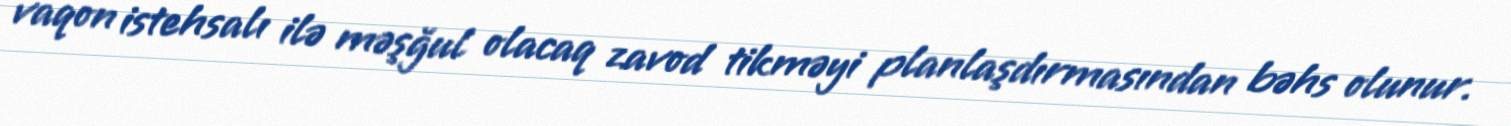
vaqon istehsalı ilə məşğul olacaq zavod tikməyi planlaşdırmasından bəhs olunur.